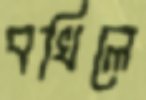
বখিলে